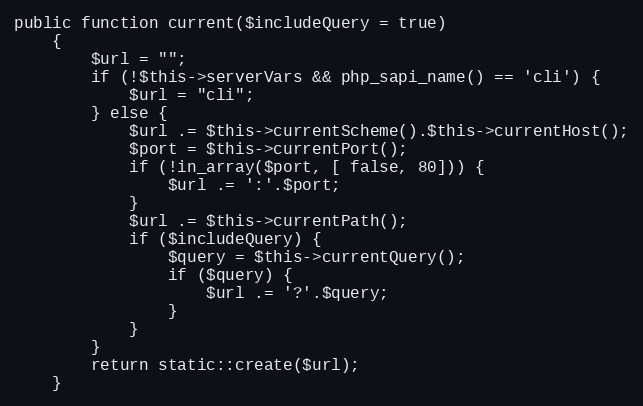
Language: PHP
public function current($includeQuery = true)
    {
        $url = "";
        if (!$this->serverVars && php_sapi_name() == 'cli') {
            $url = "cli";
        } else {
            $url .= $this->currentScheme().$this->currentHost();
            $port = $this->currentPort();
            if (!in_array($port, [ false, 80])) {
                $url .= ':'.$port;
            }
            $url .= $this->currentPath();
            if ($includeQuery) {
                $query = $this->currentQuery();
                if ($query) {
                    $url .= '?'.$query;
                }
            }
        }
        return static::create($url);
    }